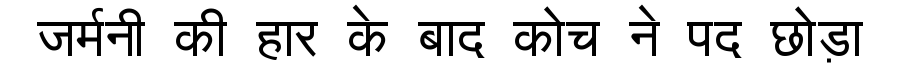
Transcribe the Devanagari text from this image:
जर्मनी की हार के बाद कोच ने पद छोड़ा